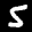
Label: 5